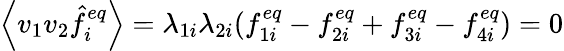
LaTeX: \left\langle v_{1}v_{2}\hat{f}_{i}^{eq}\right\rangle=\lambda_{1i}\lambda_{2i}(f_{1i}^{eq}-f_{2i}^{eq}+f_{3i}^{eq}-f_{4i}^{eq})=0